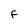
Character: f